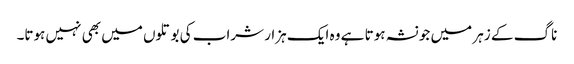
ناگ کے زہر میں جو نشہ ہوتا ہے وہ ایک ہزار شراب کی بوتلوں میں بھی نہیں ہوتا۔